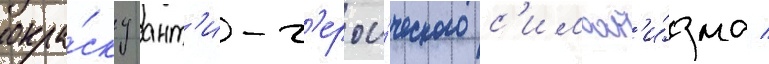
окра́ску ант'и-г'ерои́ческого с'имвол'и́зма /